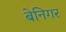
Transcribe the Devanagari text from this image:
बेनिगर